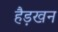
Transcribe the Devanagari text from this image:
हैड़खन